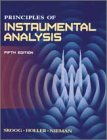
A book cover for Principles of Instrumental Analysis, 5th Edition; Douglas A. Skoog; Science & Math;